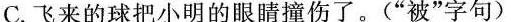
C.飞来的球把小明的眼睛撞伤了。(”被”字句)